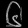
Digit: ၆